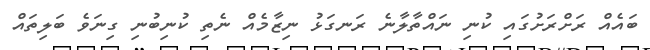
ބައެއް ރަށްރަށުގައި ކުނި ނައްތާލާނެ ރަނގަޅު ނިޒާމެއް ނެތި ކުނިބުނި ގިނަވެ ބަލިތައް